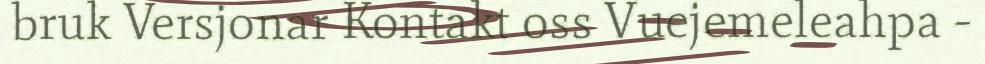
bruk Versjonar Kontakt oss Vuejemeleahpa -